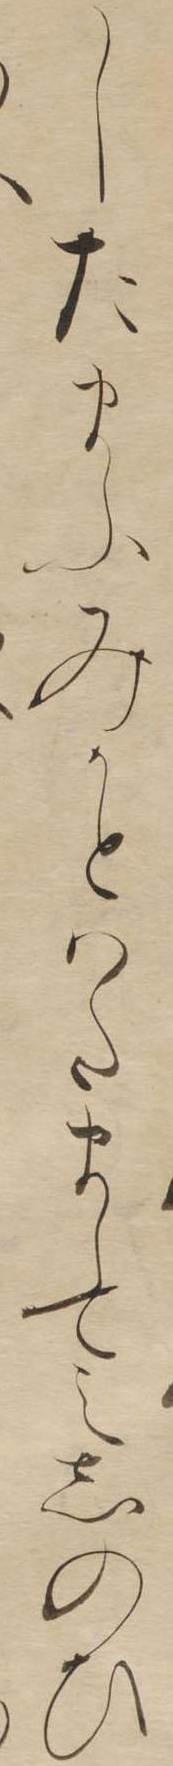
したまふみかとはたましてえしのひ